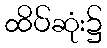
ထိပ်ဆုံး၌